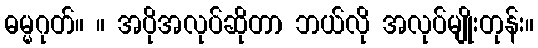
ဓမ္မဂုတ်။ ။ အပိုအလုပ်ဆိုတာ ဘယ်လို အလုပ်မျိုးတုန်း။